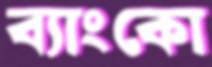
ব্যাংকো